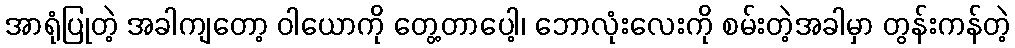
အာရုံပြုတဲ့ အခါကျတော့ ဝါယောကို တွေ့တာပေါ့၊ ဘောလုံးလေးကို စမ်းတဲ့အခါမှာ တွန်းကန်တဲ့